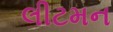
લીટમન